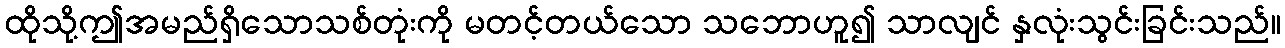
ထိုသို့ဤအမည်ရှိသောသစ်တုံးကို မတင့်တယ်သော သဘောဟူ၍ သာလျင် နှလုံးသွင်းခြင်းသည်။